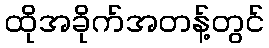
ထိုအခိုက်အတန့်တွင်